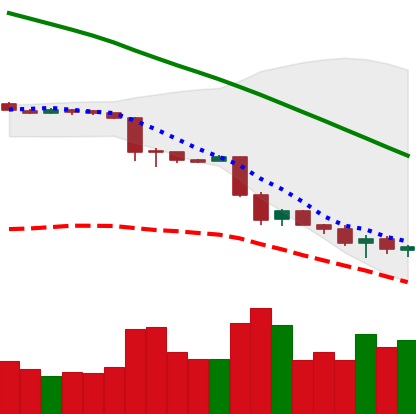
Ticker: ETH-USD
Chart end date: 2018-11-27
Forward return: 5.799%
Label: up_5_7